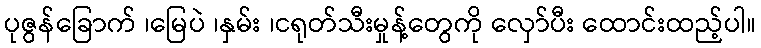
ပုဇွန်ခြောက် ၊မြေပဲ ၊နှမ်း ၊ငရုတ်သီးမှုန့်တွေကို လှော်ပီး ထောင်းထည့်ပါ။